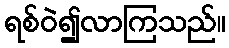
ရစ်ဝဲ၍လာကြသည်။